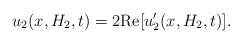
LaTeX: \begin{align*}u_2 (x, H_2 , t) = 2{\rm Re}[u_2'(x, H_2, t)].\end{align*}